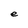
Character: e